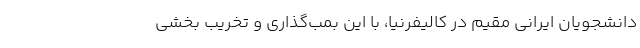
دانشجویان ایرانی مقیم در کالیفرنیا، با این بمب‌گذاری و تخریب بخشی